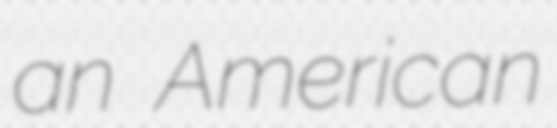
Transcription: an American